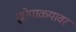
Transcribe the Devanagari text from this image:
झोपाळ्यावर